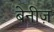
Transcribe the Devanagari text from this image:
बेनीज़